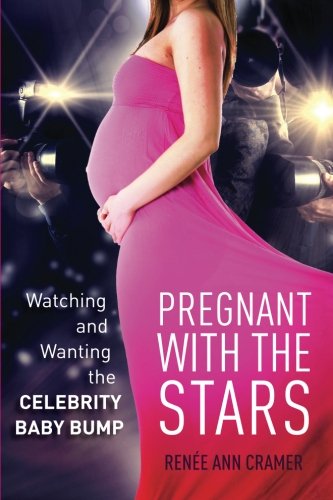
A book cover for Pregnant with the Stars: Watching and Wanting the Celebrity Baby Bump (The Cultural Lives of Law); RenÃ©e Cramer; Law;